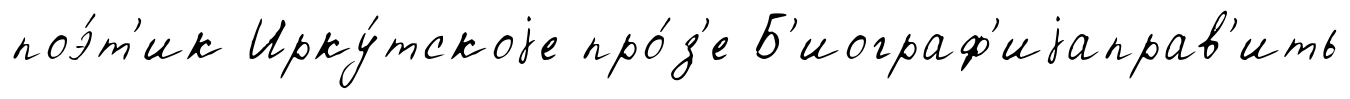
поэ́т'ик Ирку́тскоjе про́з'е Б'иограф'иjаправ'ить